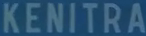
KENITRA